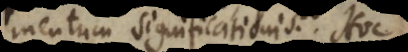
mentum significationis? Hoc